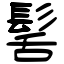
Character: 髺